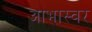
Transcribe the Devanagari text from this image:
आभास्वर